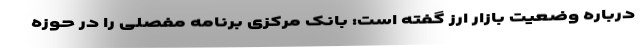
درباره وضعیت بازار ارز گفته است: بانک مرکزی برنامه مفصلی را در حوزه